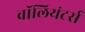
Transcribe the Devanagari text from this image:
वॉलियंटर्स